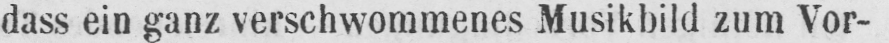
dass ein ganz verschwommenes Musikbild zum Vor-